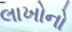
લાખોનો